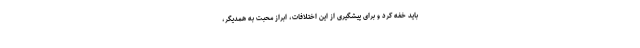
باید خفه کرد و برای پیشگیری از این اختلافات، ابراز محبت به همدیگر،